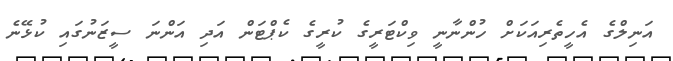
އަނިލްގެ އެހީތެރިއަކަށް ހުންނާނީ ވިކްޓަރީގެ ކުރީގެ ކެޕްޓަން އަދި އަންނަ ސީޒަނުގައި ކުޅޭނެ